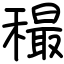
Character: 穝